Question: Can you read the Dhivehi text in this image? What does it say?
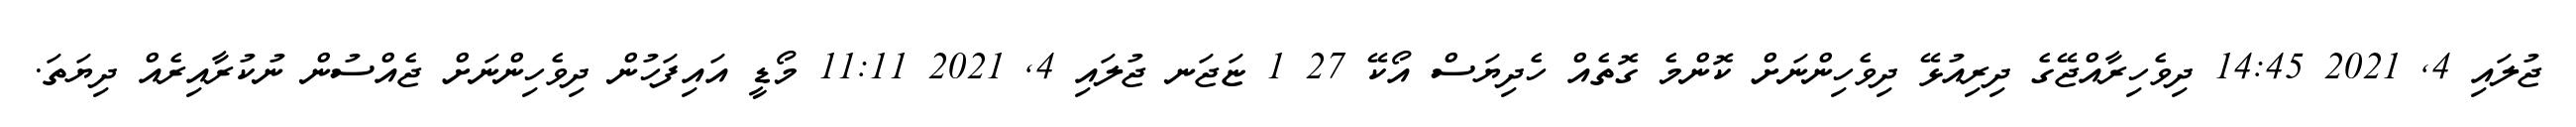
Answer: ޖުލައި 4, 2021 14:45 ދިވެހިރާއްޖޭގެ ދިރިއުޅޭ ދިވެހިންނަށް ކޮންމެ ގޮތެއް ހެދިޔަސް އޯކޭ 27 1 ޏަޖަނ ޖުލައި 4, 2021 11:11 މޯޑީ އައިފަހުން ދިވެހިންނަށް ޖެއްސުން ނުކުރާއިރެއް ދިޔަތަ.